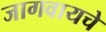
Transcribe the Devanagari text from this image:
जागवायचे